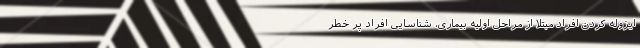
ایزوله کردن افراد مبتلا از مراحل اولیه بیماری، شناسایی افراد پر خطر